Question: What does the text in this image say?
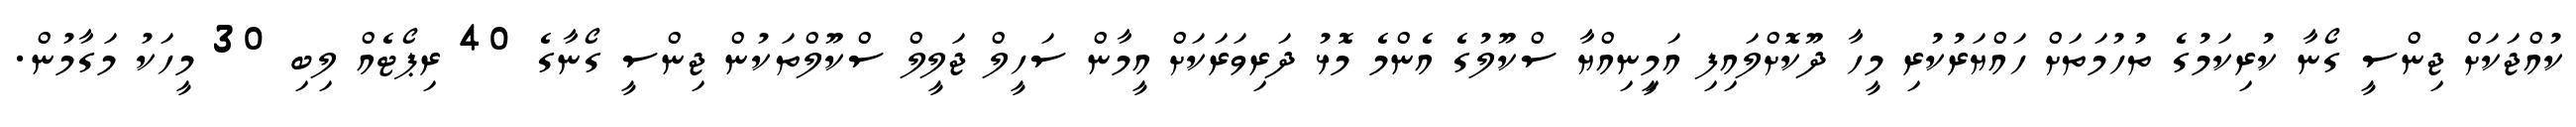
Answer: ކުއްޖަކަށް ޖިންސީ ގޯނާ ކުރިކަމުގެ ތުހުމަތަށް ހައްޔަރުކުރި މީހާ ދޫކޮށްލައިފި އަމީިނިއްޔާ ސްކޫލުގެ އެންމެ މޮޅު ދަރިވަރަކަށް އީމާން ސަހީލް ޖަލީލް ސްކޫލްތަކުން ޖިންސީ ގޯނާގެ 40 ރިޕޯޓެއް ލިބި 30 މީހަކު މަގާމުން.